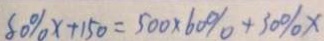
8 0 \% x + 1 5 0 = 5 0 0 \times 6 0 \% + 3 0 \% x